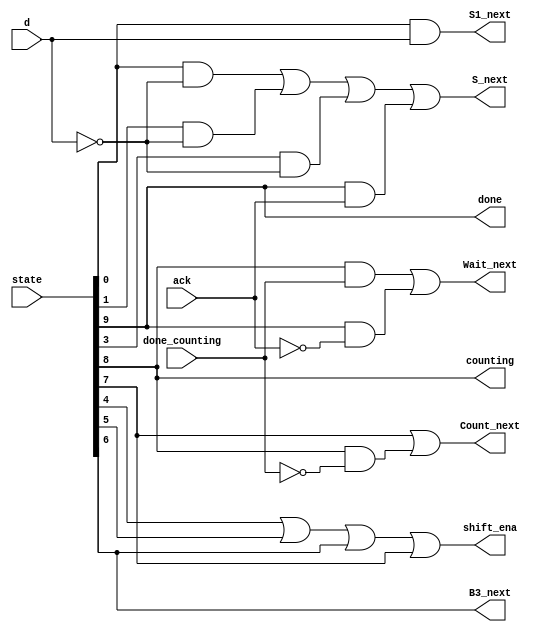
module top_module(
    input d,
    input done_counting,
    input ack,
    input [9:0] state,    // 10-bit one-hot current state
    output B3_next,
    output S_next,
    output S1_next,
    output Count_next,
    output Wait_next,
    output done,
    output counting,
    output shift_ena
); //

    localparam FSM_W = 10 - 1;
    
    localparam  S           = 0;
    localparam  S_1         = 1;
    localparam  S_11        = 2;
    localparam  S_110       = 3;
    localparam  B0          = 4;
    localparam  B1          = 5;
    localparam  B2          = 6;
    localparam  B3          = 7;
    localparam  S_COUNT     = 8;
    localparam  S_WAIT      = 9;
    
    reg [FSM_W : 0] next_state;
    
    always@(*)
    begin
        next_state[S      ] = (state[S] & ~d) || (state[S_1] & ~d) || 
        				      (state[S_110] & ~d) || (state[S_WAIT] & ack);
        next_state[S_1    ] = (state[S] &  d);
        next_state[S_11   ] = (state[S_1] &  d) || (state[S_11] &  d);
        next_state[S_110  ] = (state[S_11] & ~d);
        next_state[B0     ] = (state[S_110] &  d);
        next_state[B1     ] =  state[B0];
        next_state[B2     ] =  state[B1];
        next_state[B3     ] =  state[B2];
        next_state[S_COUNT] = (state[B3]) || (state[S_COUNT] & ~done_counting);
        next_state[S_WAIT ] = (state[S_COUNT] & done_counting) || (state[S_WAIT] & ~ack);
    end
    
    assign B3_next    =   next_state[B3];
    assign S_next     =   next_state[S ];
    assign S1_next    =   next_state[S_1];
    assign Count_next =   next_state[S_COUNT];
    assign Wait_next  =   next_state[S_WAIT];
    assign done       =   state[S_WAIT] ;
    assign counting   =   state[S_COUNT];
    assign shift_ena  =   state[B0] 
                      ||  state[B1]
                      ||  state[B2]
                      ||  state[B3];

endmodule